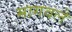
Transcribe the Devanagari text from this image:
मागवले